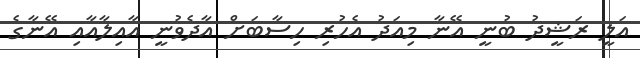
އަލީ ރަޝީދު ބުނީ އޭނާ މިއަދު އެހުރި ހިސާބަށް އާދެވުނީ އާއިލާއާއި އޭނާގެ